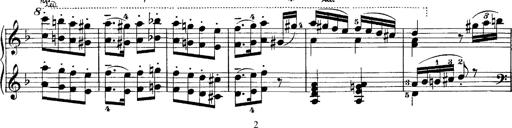
Title: Hungarian Rhapsody No.7
Composer: Franz Liszt
Key: D minor